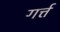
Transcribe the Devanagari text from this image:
गर्त्त